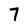
Character: 7